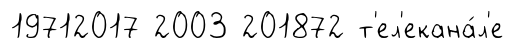
19712017 2003 201872 т'ел'екана́л'е